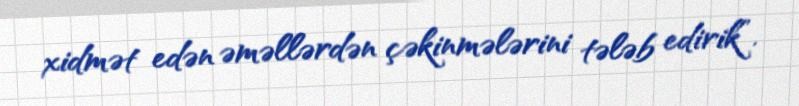
xidmət edən əməllərdən çəkinmələrini tələb edirik”.